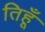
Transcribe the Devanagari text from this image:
तिहूँ